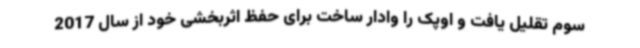
سوم تقلیل یافت و اوپک را وادار ساخت برای حفظ اثربخشی خود از سال 2017